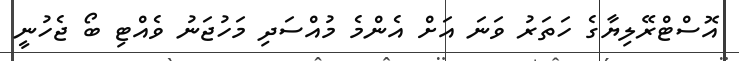
އޮސްޓްރޭލިޔާގެ ހަތަރު ވަނަ އަށް އެންމެ މުއްސަދި މަހުޖަނު ވެއްޓި ބޯ ޖެހުނީ